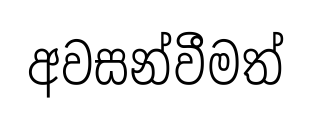
අවසන්වීමත්